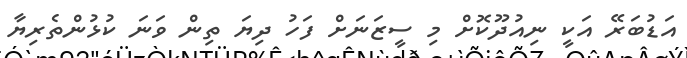
އަޑުބަރޭ އަކީ ނިއުދޫކޮށް މި ސީޒަނަށް ފަހު ދިޔަ ތިން ވަނަ ކުޅުންތެރިޔާ